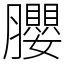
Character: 䑍